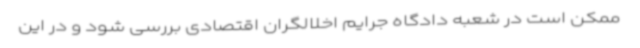
ممکن است در شعبه دادگاه جرایم اخلالگران اقتصادی بررسی شود و در این